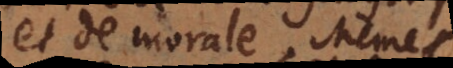
et de morale. Même